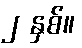
၂ နှစ်။